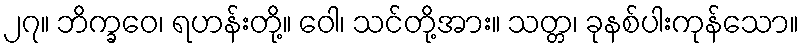
၂၇။ ဘိက္ခဝေ၊ ရဟန်းတို့။ ဝေါ၊ သင်တို့အား။ သတ္တ၊ ခုနစ်ပါးကုန်သော။